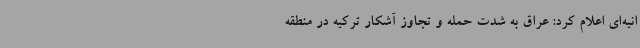
انیه‌ای اعلام کرد: عراق به شدت حمله و تجاوز آشکار ترکیه در منطقه